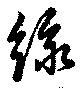
綠